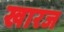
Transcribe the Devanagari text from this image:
खारज